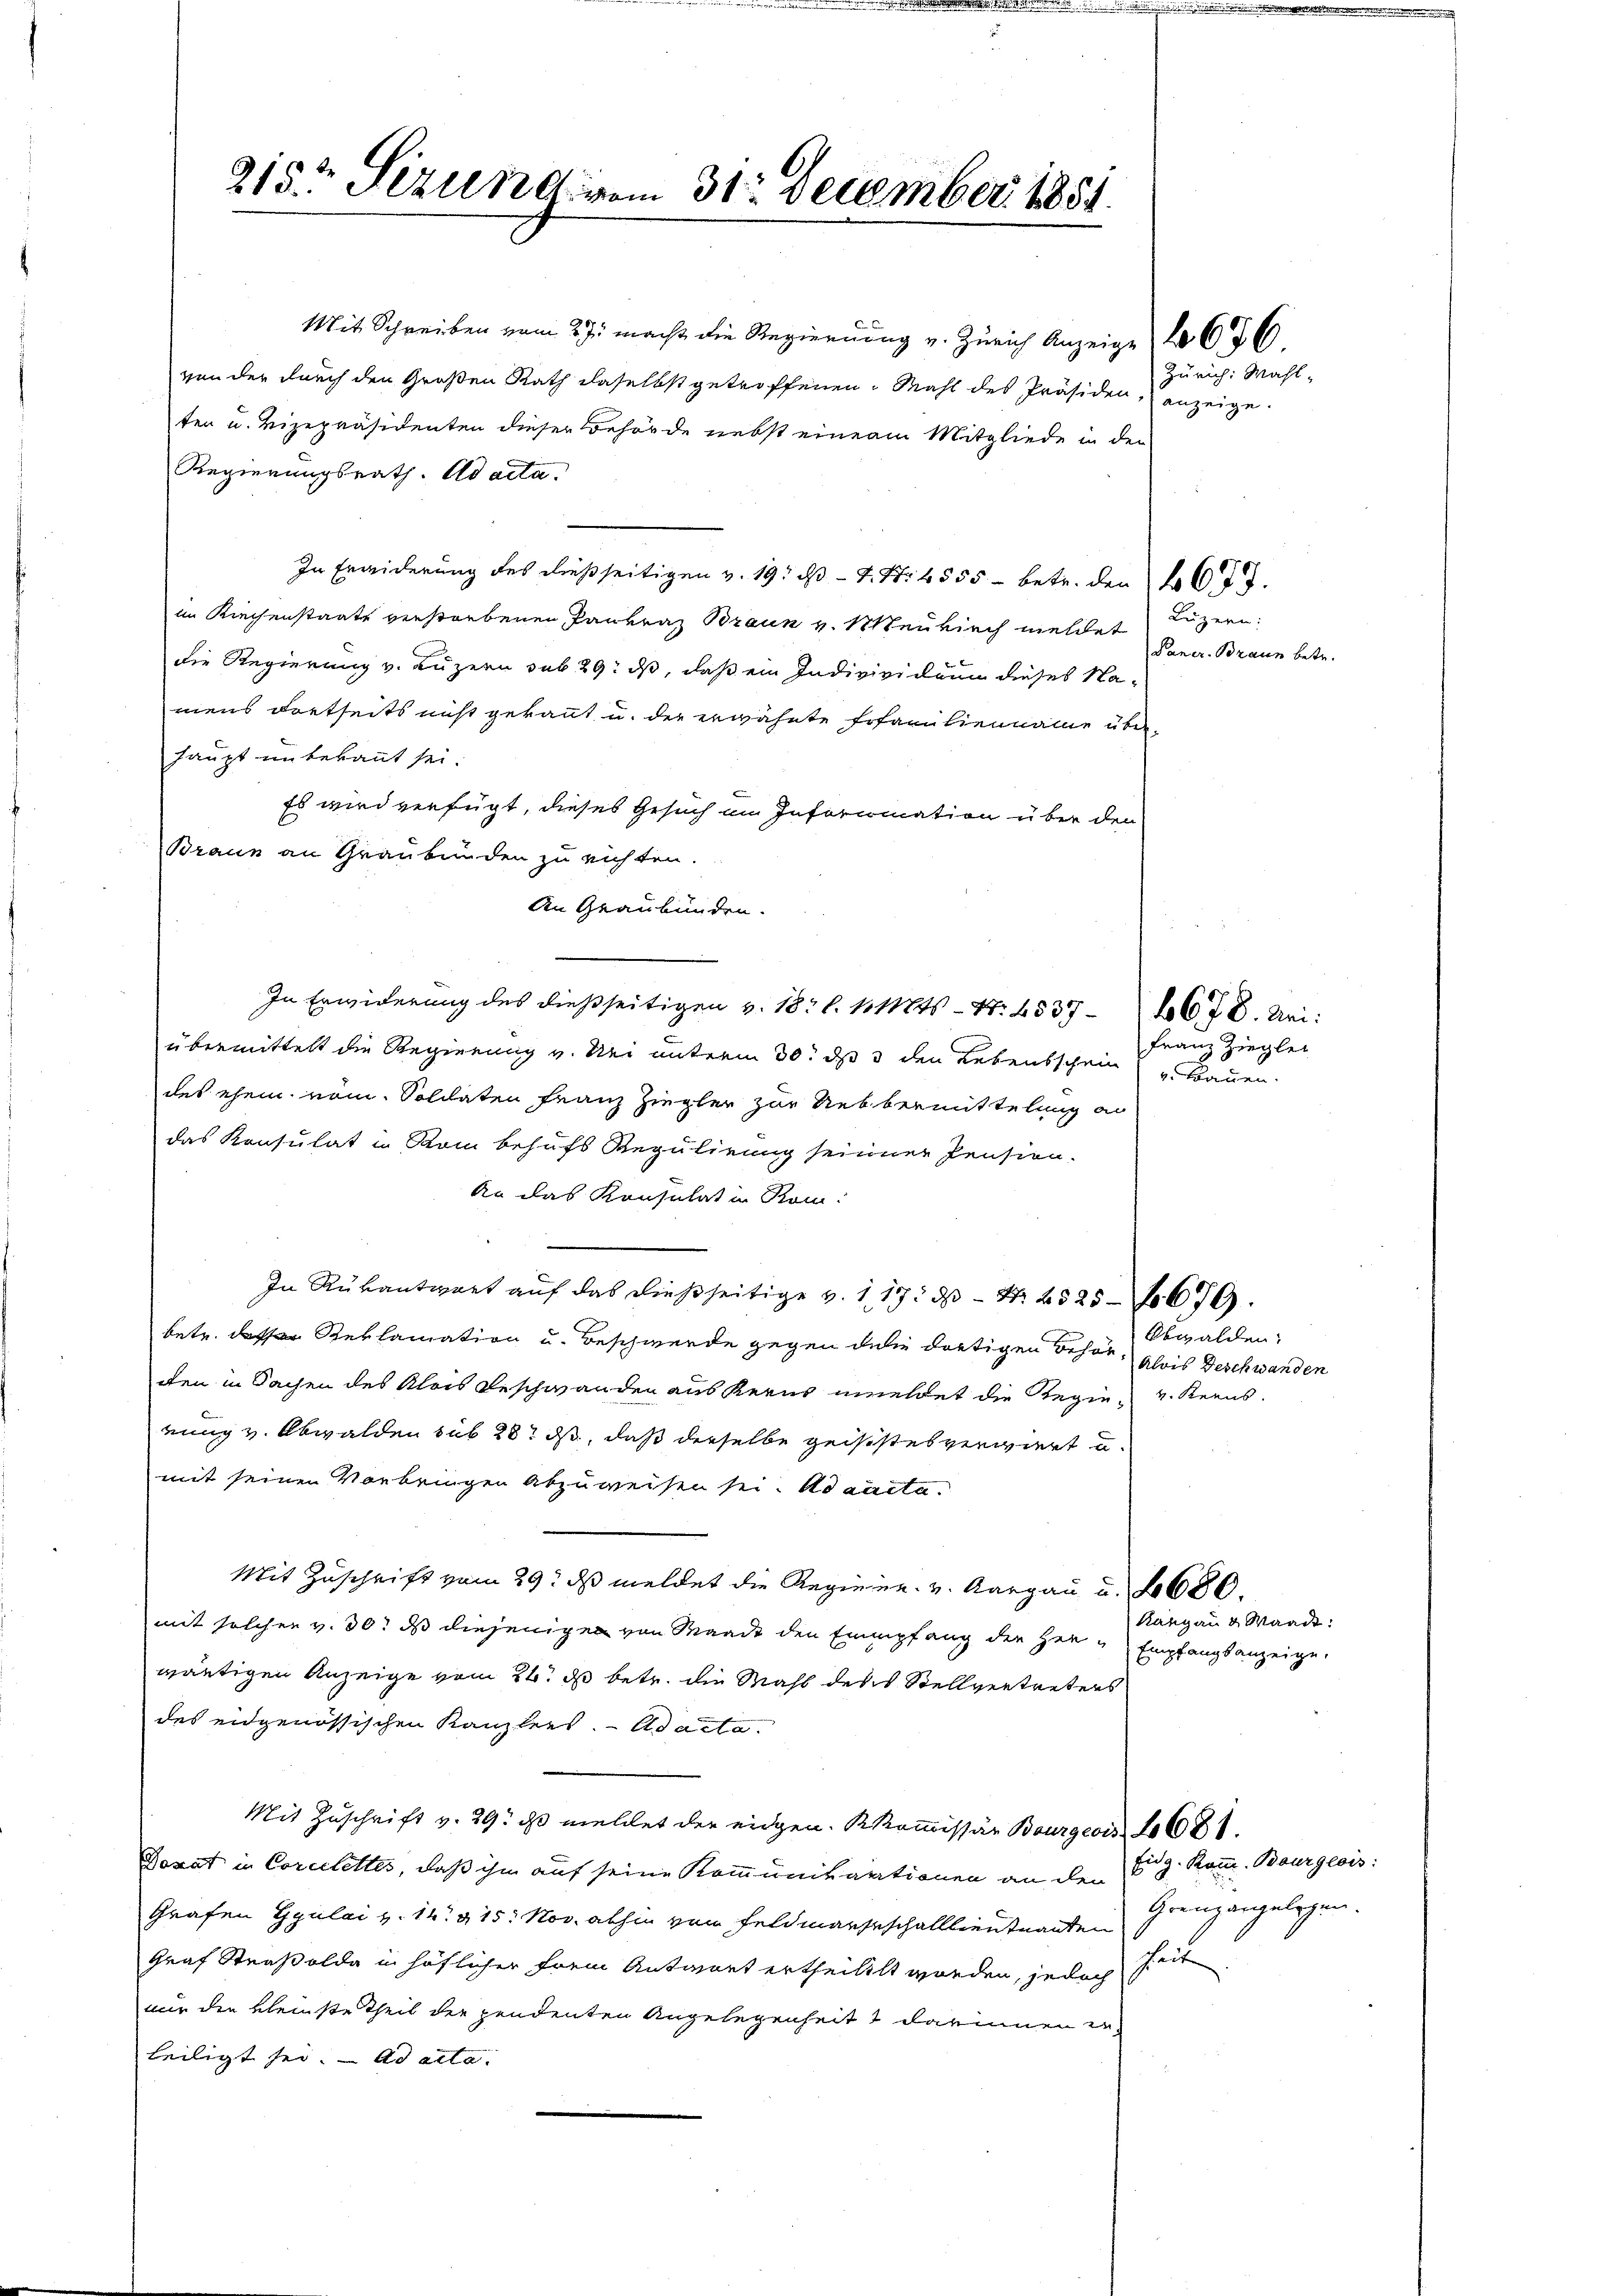
215t Sezung vom 31. December 1851.

Mit Schreiben vom 27. macht die Regierung v. Zürich Anzeige
von der durch den Großen Rath daselbst getroffenen Mahl des Präsiden,
ten u. Vizepräsidenten dieser Behörde nebst einem Mitgliede in der
Regierungsrath. ad acta.
In Erwiderung des dießseitigen v. 19. d. S. 4555 - betr. den 26 t d.
im Kiechenstaats verstorbenen Jaukraz Braun v. Meukirch meldet
die Regierung v. Luzern sub 29: daß, daß ein Indivividuum dieses Namens dortseits nicht gekannt u. der erwähnte Erfamilienname überhaupt unbekannt sei.
Es wird verfügt, dieses Gesuch im Infornination über den
Braun an Graubünden zu richten.
An Graubünden.
In Erwiderung des dießseitigen v. 18. l. k. Mts. - N. 4537-4678. Uri:
übermittelt die Regierung v. Nei unterm 30. dß 3 den Lebensschein Bauen.
des ehem vom Soldaten Franz Ziegler zur Uebermittelung an
das Konsulat in Rom behufs Regulirung seiner Pension.
An das Konsulat in Kom¬
In Rükantwort auf das dießseitige v. 117. ds Nr. 2525—679.
betr. des Reklamation u. Beschwerde gegen die dortigen Behör- Glois Deschwanden
dten in Sachen des Alois Beschwanden aus Kerns unmeldet die Regie- u. Kerns.
rung v. Obwalden sub 28. ds, daß derselbe geisestes verviert u.
mit seinen Vorbringen abzuweisen sei. Ad aacta.
Mit Zuschrift vom 29. ds meldet die Regiene. v. Aargau u. f. 680.
mit solchen v. 30. ds diejenigen von Waadt den Empfang der Her & Empfangsanzeige,
wärtigen Anzeige vom 26. ds betr. die Mahl des Stellvertreters
des eidgenössischen Kanzlers. - Adacta.
Mit Zuschrift v. 29. ds meldet der eidgen. Kommissär Bourgeois 10681.
Donat in Corceletter, daß ihm auf seine Kommunikationen an den Fr. 3. Komm. Bourgeois:
Grafen Ggulai v. 14. 415. Nov. abhin von Feldmarschalllieutnanten
Graf Straßolde in höflicher frem Antanet ertheilet worden, jedoch
mir die kleinste Theil der pendenten Angelegenheit & darinnen erteiligt sei. Ad acta.

Luzern:
Paner-Braun betr.

Obwalden:

Zürich: Wahl-
anzeige.

Rangau & Waadt:

636

Franz Ziegler

Grenzangelegen.
heit